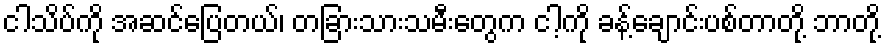
ငါသိပ်ကို အဆင်ပြေတယ်၊ တခြားသားသမီးတွေက ငါ့ကို ခန့်ချောင်းပစ်တာတို့ ဘာတို့